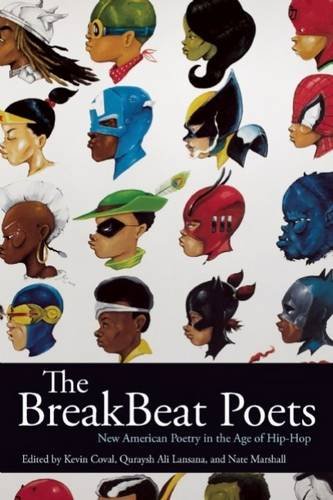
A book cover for The BreakBeat Poets: New American Poetry in the Age of Hip-Hop; Literature & Fiction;